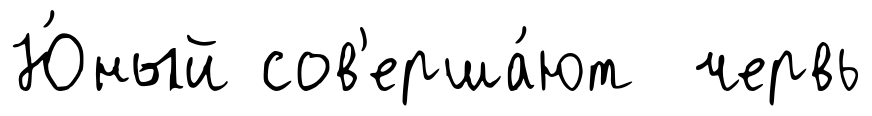
Ю́ный сов'ерша́ют червь